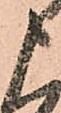
申